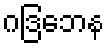
ဂဒြဘေန